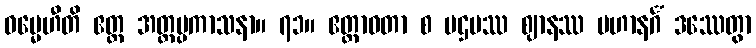
ဓမ္မေဟီတိ ဧတ္ထ အတ္ထပ္ပကာသနာ။ ၇၁။ ဧတ္တာဝတာ စ ပဌမဿ ဈာနဿ ပဟာနင်္ဂံ ဒဿေတွာ